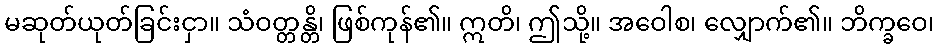
မဆုတ်ယုတ်ခြင်းငှာ။ သံဝတ္တန္တိ၊ ဖြစ်ကုန်၏။ ဣတိ၊ ဤသို့။ အဝေါစ၊ လျှောက်၏။ ဘိက္ခဝေ၊